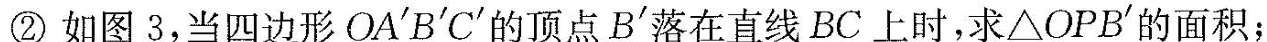
②如图3，当四边形OA^{\prime}B^{\prime}C^{\prime}的顶点B'落在直线BC上时，求\triangle OPB^{\prime}的面积；